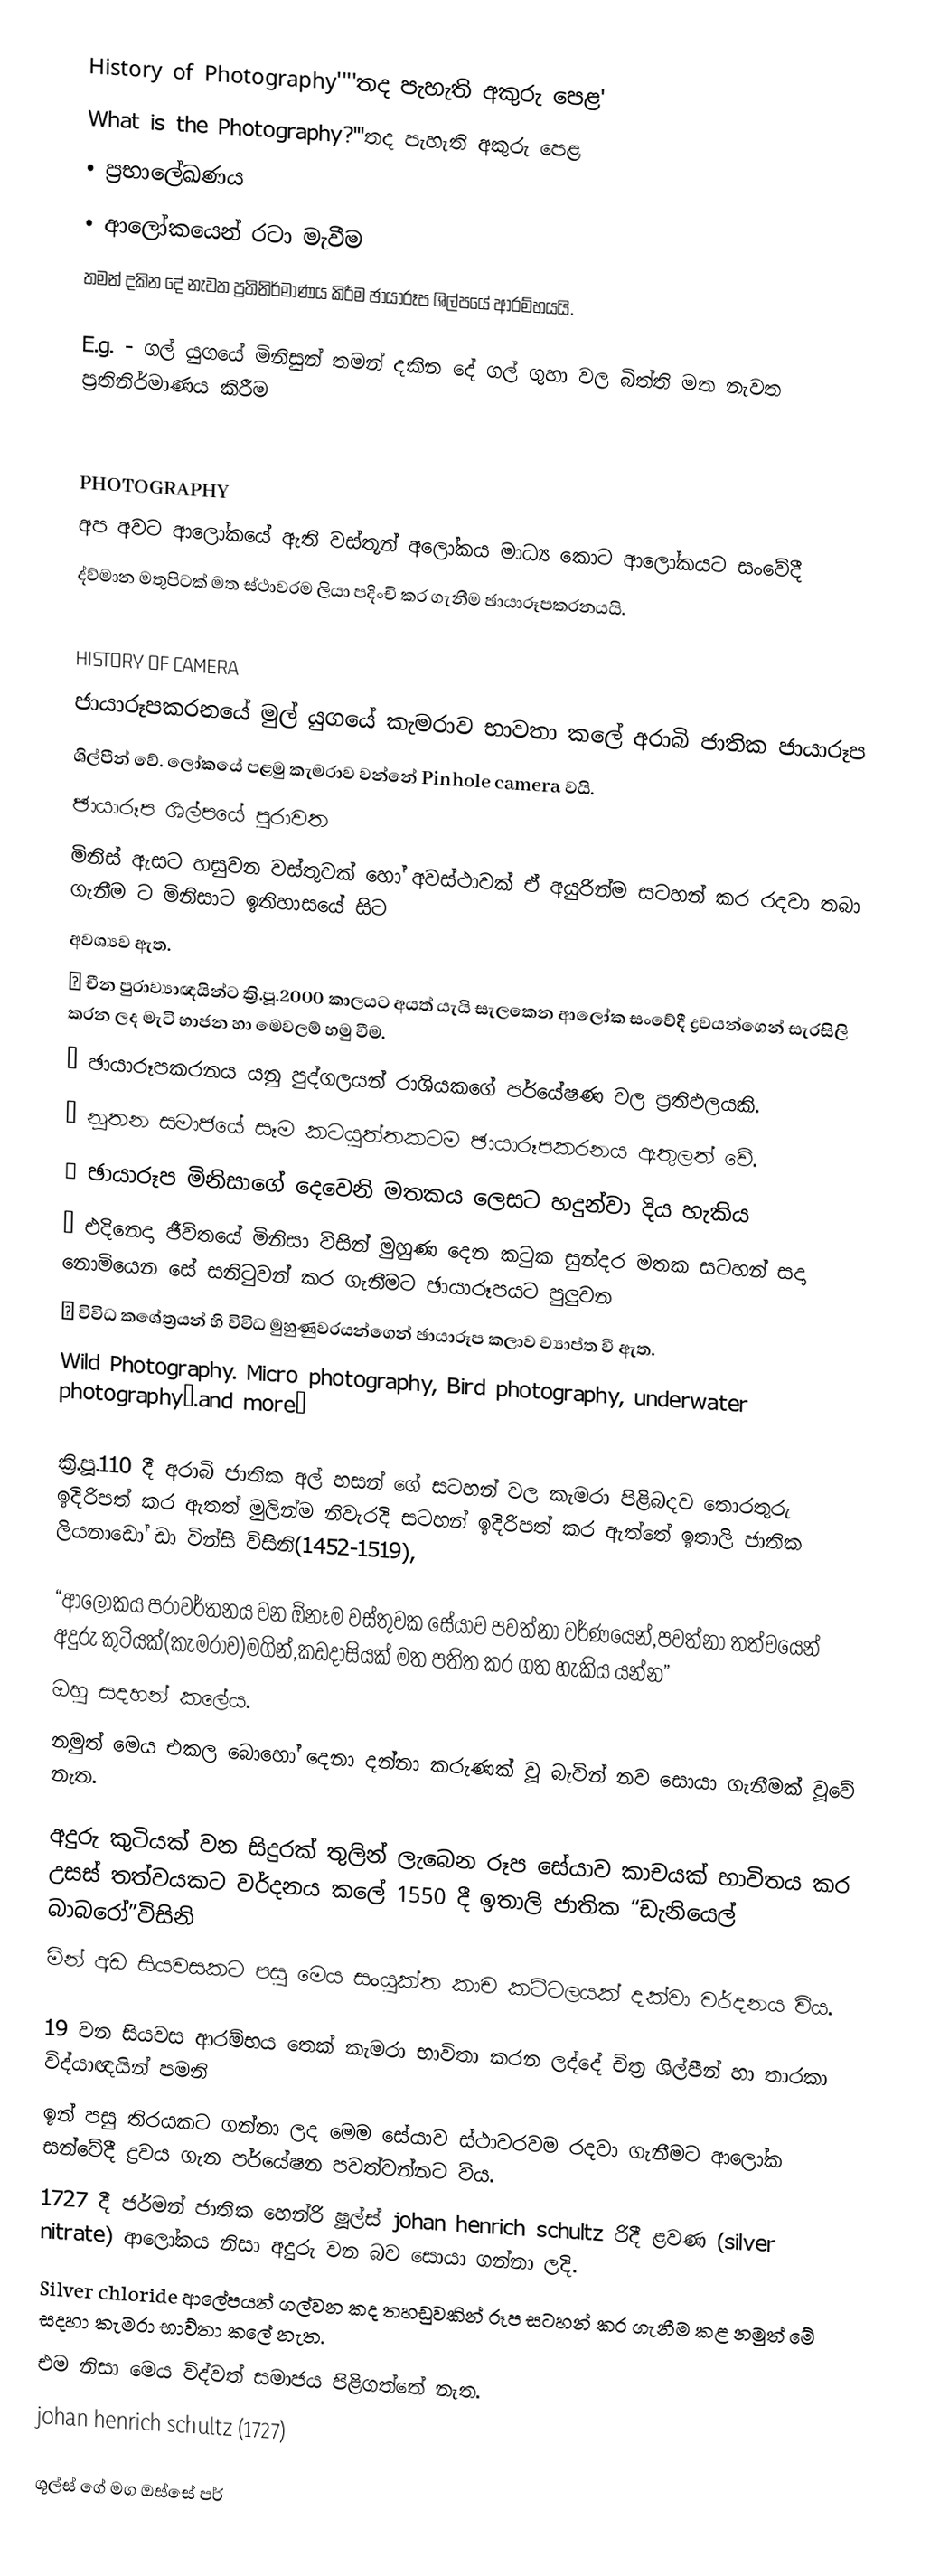
History of Photography''''තද පැහැති අකුරු පෙළ'
What is the Photography?'''තද පැහැති අකුරු පෙළ
•	ප්‍රභාලේඛණය
•	ආලෝකයෙන් රටා මැවීම
තමන් දකින දේ නැවත ප්‍රතිනිර්මාණය කිරීම ඡායාරූප ශිල්පයේ ආරම්භයයි.

E.g. - ගල් යුගයේ මිනිසුන් තමන් දකින දේ ගල් ගුහා වල බිත්ති මත නැවත ප්‍රතිනිර්මාණය කිරීම

PHOTOGRAPHY
අප අවට ආලෝකයේ ඇති වස්තූන් අලෝකය මාධ්‍ය කොට ආලෝකයට සංවේදී
ද්ව්මාන මතුපිටක් මත ස්ථාවරම ලියා පදිංචි කර ගැනීම ඡායාරූපකරනයයි.

HISTORY OF CAMERA
ජායාරූපකරනයේ මුල් යුගයේ කැමරාව භාවතා කලේ අරාබි ජාතික ජායාරූප
ශිල්පීන් වේ. ලෝකයේ පළමු කැමරාව වන්නේ Pinhole camera වයි.
ඡායාරූප ශිල්පයේ පුරාවත
මිනිස් ඇසට හසුවන වස්තුවක් හෝ අවස්ථාවක් ඒ අයුරින්ම සටහන් කර රදවා තබා ගැනීම ට මිනිසාට ඉතිහාසයේ සිට
අවශ්‍යව ඇත.
	චීන පුරාව්‍යාඥයින්ට ක්‍රි.පූ.2000 කාලයට අයත් යැයි සැලකෙන ආලෝක සංවේදී ද්‍රවයන්ගෙන් සැරසිලි කරන ලද මැටි භාජන හා මෙවලම් හමු වීම.
	ඡායාරූපකරනය යනු පුද්ගලයන් රාශියකගේ පර්යේෂණ වල ප්‍රතිඵලයකි.
	නූතන සමාජයේ සෑම කටයුත්තකටම ඡායාරූපකරනය ඇතුලත් වේ.
	ඡායාරූප මිනිසාගේ දෙවෙනි මතකය ලෙසට හදුන්වා දිය හැකිය
	එදිනෙදා ජීවිතයේ මිනිසා විසින් මුහුණ දෙන කටුක සුන්දර මතක සටහන් සදා නොමියෙන සේ සනිටුවන් කර ගැනීමට ඡායාරූපයට පුලුවන
	විවිධ කශේත්‍රයන් හි විවිධ මුහුණුවරයන්ගෙන් ඡායාරූප කලාව ව්‍යාප්ත වී ඇත.
Wild Photography. Micro photography, Bird photography, underwater photography….and more…

ක්‍රි.පූ.110 දී අරාබි ජාතික අල් හසන් ගේ සටහන් වල කැමරා පිළිබදව තොරතුරු ඉදිරිපත් කර ඇතත් මුලින්ම නිවැරදි සටහන් ඉදිරිපත් කර ඇත්තේ ඉතාලි ජාතික ලියනාඩෝ ඩා වින්සි විසිනි(1452-1519),

    “ආලෝකය පරාවර්තනය වන ඕනෑම වස්තුවක සේයාව පවත්නා වර්ණයෙන්,පවත්නා තත්වයෙන් අදුරු කුටියක්(කැමරාව)මගින්,කඩදාසියක් මත පතිත කර ගත හැකිය යන්න”
ඔහු සදහන් කලේය.
නමුත් මෙය එකල බොහෝ දෙනා දන්නා කරුණක් වූ බැවින් නව සොයා ගැනීමක් වූවේ නැත.

අදුරු කුටියක් වන සිදුරක් තුලින් ලැබෙන රූප සේයාව කාචයක් භාවිතය කර උසස් තත්වයකට වර්දනය කලේ 1550 දී ඉතාලි ජාතික “ඩැනියෙල් බාබරෝ”විසිනි
මින් අඩ සියවසකට පසු මෙය සංයුක්ත කාච කට්ටලයක් දක්වා වර්දනය විය.

19 වන සියවස ආරම්භය තෙක් කැමරා භාවිතා කරන ලද්දේ චිත්‍ර ශිල්පීන් හා තාරකා විද්යාඥයින් පමනි
ඉන් පසු තිරයකට ගන්නා ලද මෙම සේයාව ස්ථාවරවම රදවා ගැනීමට ආලෝක සන්වේදී ද්‍රවය ගැන පර්යේෂන පවත්වන්නට විය.
1727 දී ජර්මන් ජාතික හෙන්රි ෂූල්ස්  johan henrich schultz රිදී ළවණ  (silver nitrate) ආලෝකය නිසා අදුරු වන බව සොයා ගන්නා ලදි.
Silver chloride  ආලේපයන් ගල්වන කද තහඩුවකින් රූප සටහන් කර ගැනීම කළ නමුත් මේ සදහා කැමරා භාව්තා කලේ නැත.
එම නිසා මෙය විද්වත් සමාජය පිළිගත්තේ නැත.
              johan henrich schultz (1727)

ශූල්ස් ගේ මග ඔස්සේ පර්